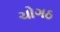
ચોગઠ